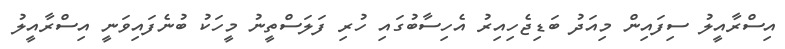
އިސްރާއީލު ސިފައިން މިއަދު ބަޑިޖެހިއިރު އެހިސާބުގައި ހުރި ފަލަސްތީނު މީހަކު ބުނެފައިވަނީ އިސްރާއީލު